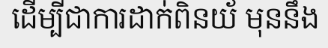
ដើម្បីជាការដាក់ពិនយ័ មុននឹង